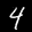
Label: 4